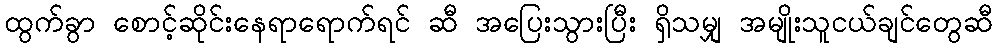
ထွက်ခွာ စောင့်ဆိုင်းနေရာရောက်ရင် ဆီ အပြေးသွားပြီး ရှိသမျှ အမျိုးသူငယ်ချင်တွေဆီ